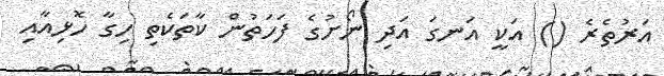
އަރުތެރެ () އަކީ އަނގަ އަދި ނޯށުގެ ފަހަތުން ކާތަކެތި ހިގާ ހޮޅިއާއި